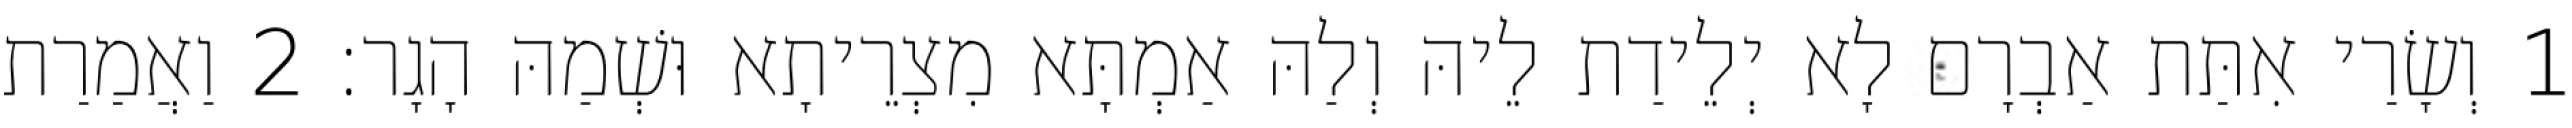
1 וְשָׂרַי אִתַּת אַבְרָם לָא יְלֵידַת לֵיהּ וְלַהּ אַמְתָּא מִצְרֵיתָא וּשְׁמַהּ הָגָר׃ 2 וַאֲמַרַת